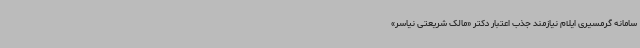
سامانه گرمسیری ایلام نیازمند جذب اعتبار دکتر «مالک شریعتی نیاسر»